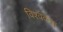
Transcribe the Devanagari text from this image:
विश्ववन्द्य